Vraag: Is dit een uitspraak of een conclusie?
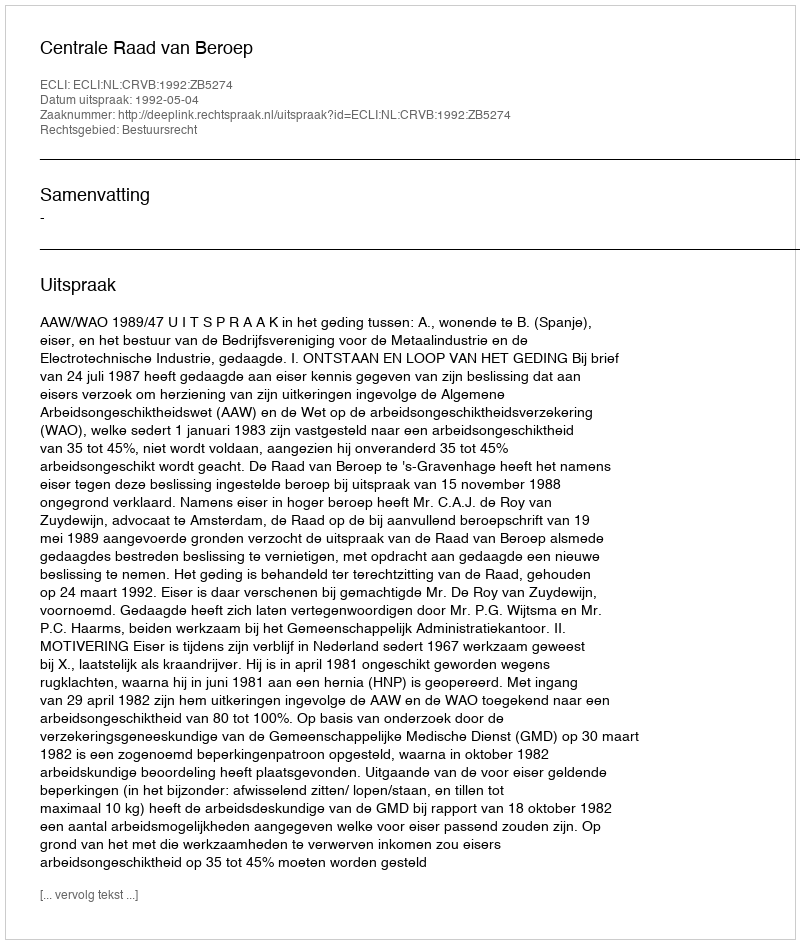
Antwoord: Uitspraak